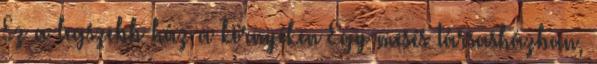
Ez a legszebb ház a környéken Egy mesés társasházban,